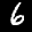
Label: 6